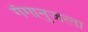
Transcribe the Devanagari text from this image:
गंगानुजला